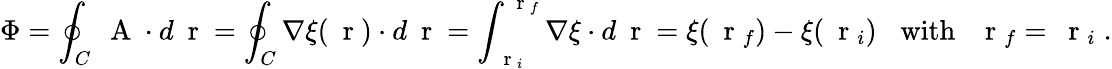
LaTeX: \Phi=\oint_{C}\mathrm{~\mathbf~A~}\cdot d\mathrm{~\mathbf~r~}=\oint_{C}\nabla\xi(\mathrm{~\mathbf~r~})\cdot d\mathrm{~\mathbf~r~}=\int_{\mathrm{~\mathbf~r~}_{i}}^{\mathrm{~\mathbf~r~}_{f}}\nabla\xi\cdot d\mathrm{~\mathbf~r~}=\xi(\mathrm{~\mathbf~r~}_{f})-\xi(\mathrm{~\mathbf~r~}_{i})\; \; \; \mathrm{with}\; \; \mathrm{~\mathbf~r~}_{f}=\mathrm{~\mathbf~r~}_{i}\; .